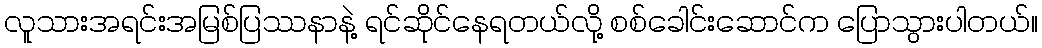
လူသားအရင်းအမြစ်ပြဿနာနဲ့ ရင်ဆိုင်နေရတယ်လို့ စစ်ခေါင်းဆောင်က ပြောသွားပါတယ်။